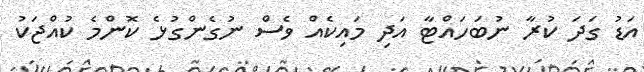
އަޑު ގަދަ ކުރާ ނުބަހައްޓާ އަދި މައިކެއް ވެސް ނުގެންގުޅެ ކޮންމެ ކުއްޖަކު